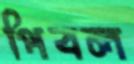
পিবল